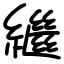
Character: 繼